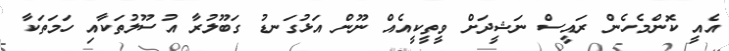
އެއީ ކޮންމެހެން ރައީސް ނަޝީދަށް ވީތީކީއެއް ނޫން އަޅުގަނޑު ގަބޫލުރާ އުސޫލުތަކާއި ހަމަތަކާ